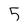
Character: 5